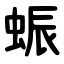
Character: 蜄